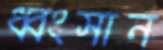
ধ্বংসান